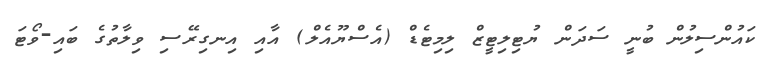
ކައުންސިލުން ބުނީ ސަދަން ޔުޓިލިޓީޒް ލިމިޓެޑް (އެސްޔޫއެލް) އާއި އިނގިރޭސި ވިލާތުގެ ބައި-ވޯޓަ